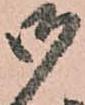
御